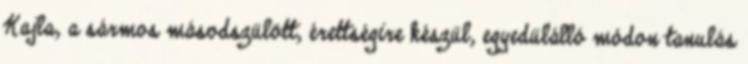
Kajla, a sármos másodszülött, érettségire készül, egyedülálló módon tanulás